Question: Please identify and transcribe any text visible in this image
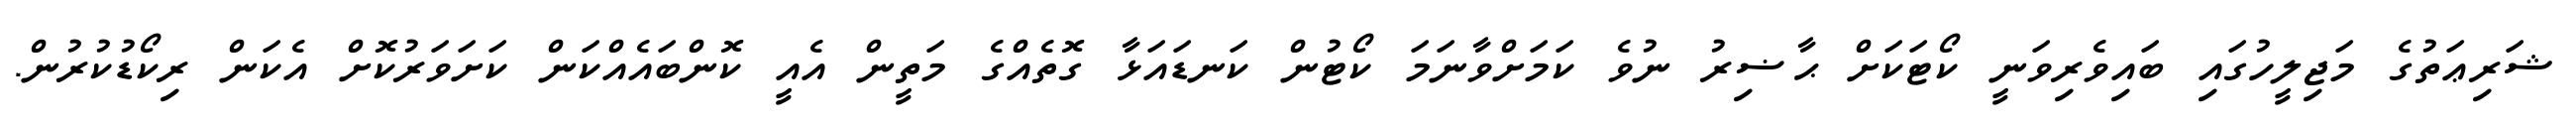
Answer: ޝަރިޢަތުގެ މަޖިލީހުގައި ބައިވެރިވަނީ ކޯޓަކަށް ޙާޟިރު ނުވެ ކަމަށްވާނަމަ ކޯޓުން ކަނޑައަޅާ ގޮތެއްގެ މަތީން އެއީ ކޮންބައެއްކަން ކަށަވަރުކޮށް އެކަން ރިކޯޑުކުރުން.